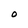
Character: O